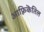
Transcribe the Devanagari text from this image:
आफ़्रिकॆतिल